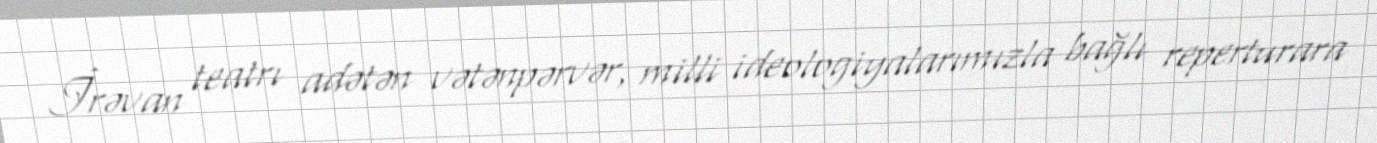
İrəvan teatrı adətən vətənpərvər, milli ideologiyalarımızla bağlı reperturara